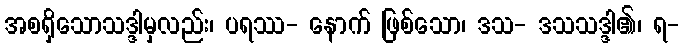
အစရှိသောသဒ္ဒါမှလည်း၊ ပရဿ- နောက် ဖြစ်သော၊ ဒသ- ဒသသဒ္ဒါ၏၊ ရ-